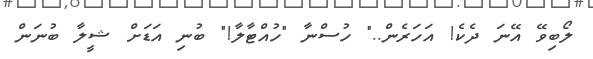
ލޯބިވޭ އޭނަ ދެކެ! އަހަރެން.." ހުސްނާ "ހުއްޓާލާ!" ބުނި އަޑަށް ޝީލާ ބުނަން